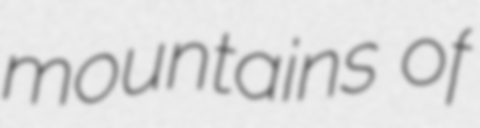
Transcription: mountains of